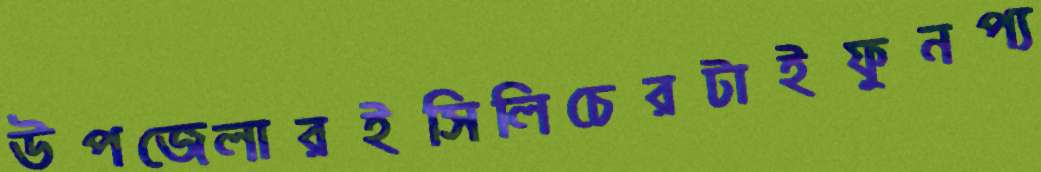
উপজেলারইসিলিচেরটাইফুনপ্য